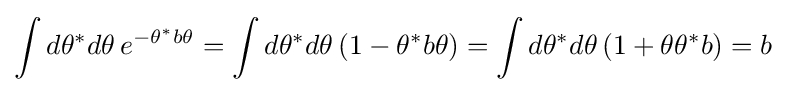
\int d\theta ^{*}d\theta \,e^{-\theta ^{*}b\theta }=\int d\theta ^{*}d\theta \,(1-\theta ^{*}b\theta )=\int d\theta ^{*}d\theta \,(1+\theta \theta ^{*}b)=b